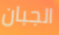
الجبان